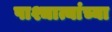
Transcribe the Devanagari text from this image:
पाश्चात्यांच्या